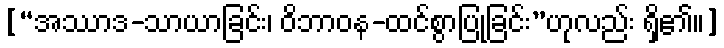
[“အဿာဒ-သာယာခြင်း၊ ဝိဘာဝန-ထင်စွာပြုခြင်း”ဟုလည်း ရှိ၏။]